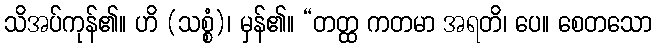
သိအပ်ကုန်၏။ ဟိ (သစ္စံ)၊ မှန်၏။ “တတ္ထ ကတမာ အရတိ၊ ပေ။ စေတသော